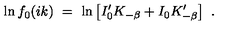
\ln f _ { 0 } ( i k ) \ = \ \ln \left[ I _ { 0 } ^ { \prime } K _ { - \beta } + I _ { 0 } K _ { - \beta } ^ { \prime } \right] \ .